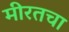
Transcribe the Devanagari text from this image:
मीरतचा